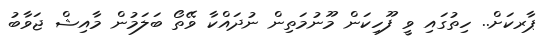
ޕާރކަށް.. ހިތުގައި ވީ ފޫހިކަން މޫނުމަތިން ނުދައްކާ ވޭތޯ ބަލަމުން މާއިޝް ޖަވާބު